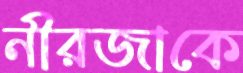
নীরজাকে